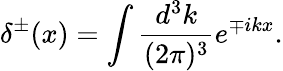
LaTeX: \delta^{\pm}(x)=\int\frac{d^{3}k}{(2\pi)^{3}}e^{\mp ikx}.